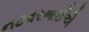
નટવરભાઈએ